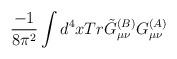
LaTeX: \begin{align*}\frac{-1}{8\pi^2}\int d^4xTr\tilde{G}_{\mu\nu}^{(B)}G_{\mu\nu}^{(A)}\end{align*}